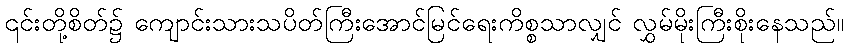
၎င်းတို့စိတ်၌ ကျောင်းသားသပိတ်ကြီးအောင်မြင်ရေးကိစ္စသာလျှင် လွှမ်မိုးကြီးစိုးနေသည်။